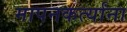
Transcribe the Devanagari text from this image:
मापनकर्त्यांना